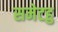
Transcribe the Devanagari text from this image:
समेटहु